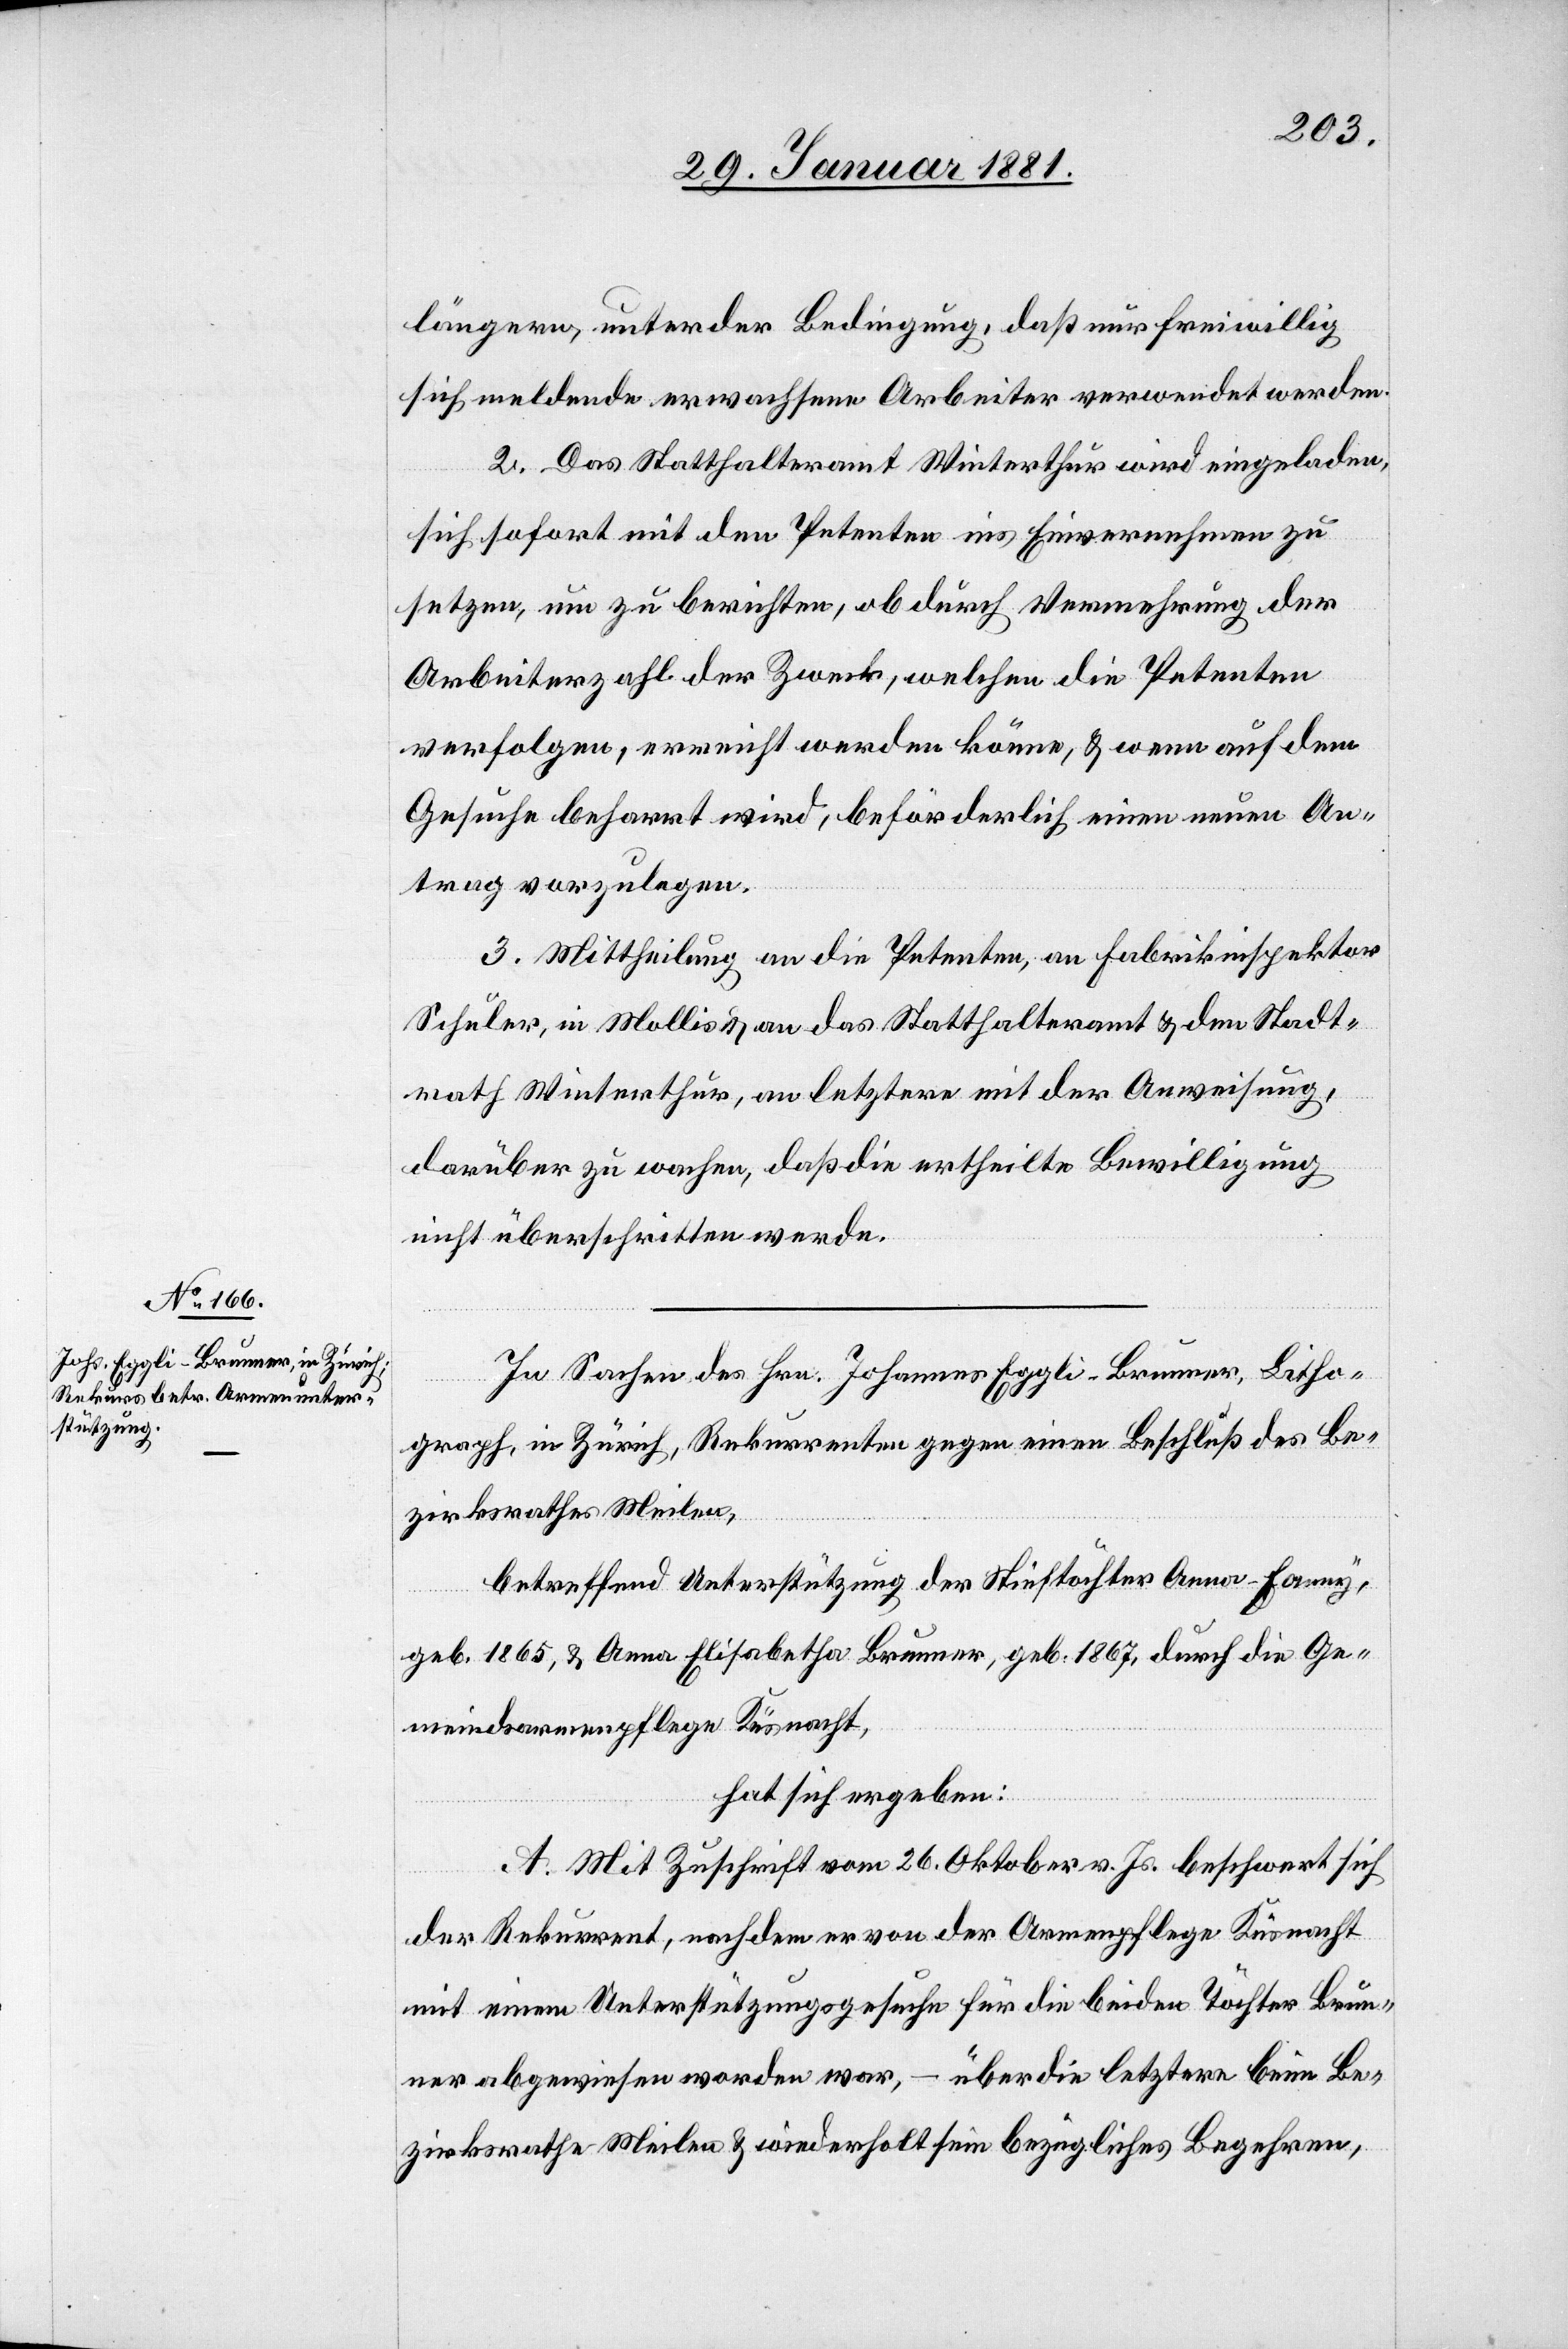
längern, unter der Bedingung, daß nur freiwillig
sich meldende erwachsene Arbeiter verwendet werden.
2. Das Statthalteramt Winterthur wird eingeladen,
sich sofort mit den Petenten ins Einvernehmen zu
setzen, um zu berichten, ob durch Vermehrung der
Arbeiterzahl der Zweck, welchen die Petenten
verfolgen, erreicht werden könne, & wenn auf dem
Gesuche beharrt wird, beförderlich einen neuen An¬
trag vorzuschlagen.
3. Mittheilung an die Petenten, an Fabrikinspektor
Schuler, in Mollis & an das Statthalteramt & den Stadt¬
rath Winterthur, an letztere mit der Anweisung,
darüber zu wachen, daß die ertheilte Bewilligung
nicht überschritten werde.
In Sachen des Hrn. Johannes Eggli-Brunner, Litho¬
graph, in Zürich, Rekurrenten gegen einen Beschluß des Be¬
zirksrathes Meilen,
betreffend Unterstützung der Stieftochter Anna-Fanny,
geb. 1865, & Anna Elisabetha Brunner, geb. 1867, durch die Ge¬
meindsarmenpflege Küsnacht,
hat sich ergeben:
A. Mit Zuschrift vom 26. Oktober v. Js. beschwert sich
der Rekurrent, nachdem er von der Armenpflege Küsnacht
mit einem Unterstützungsgesuche für die beiden Töchter Brun¬
ner abgewiesen worden war, – über die letztere beim Be¬
zirksrathe Meilen & wiederholt sein bezügliches Begehren,